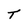
Character: T